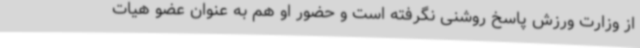
از وزارت ورزش پاسخ روشنی نگرفته است و حضور او هم به عنوان عضو هیات